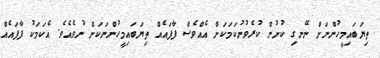
ތިޔަބައިމީހުންނަށް ނޭނގި ކުށުން ކުރެވުނުކަމަކަށް އެއްވެސް ފާފައެއް ތިޔަބައިމީހުންނަކަށް ނުވެއެވެ. އެކަމަކު ފާފައެއް